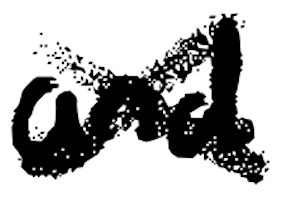
Text: and
Cross-out: cross
Writing tool: digital_black